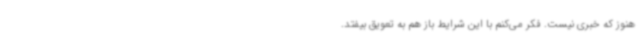
هنوز که خبری نیست. فکر می‌کنم با این شرایط باز هم به تعویق بیفتد.